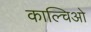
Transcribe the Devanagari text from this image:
काल्चिओ